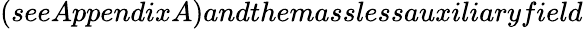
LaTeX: (seeAppendixA)andthemasslessauxiliaryfield